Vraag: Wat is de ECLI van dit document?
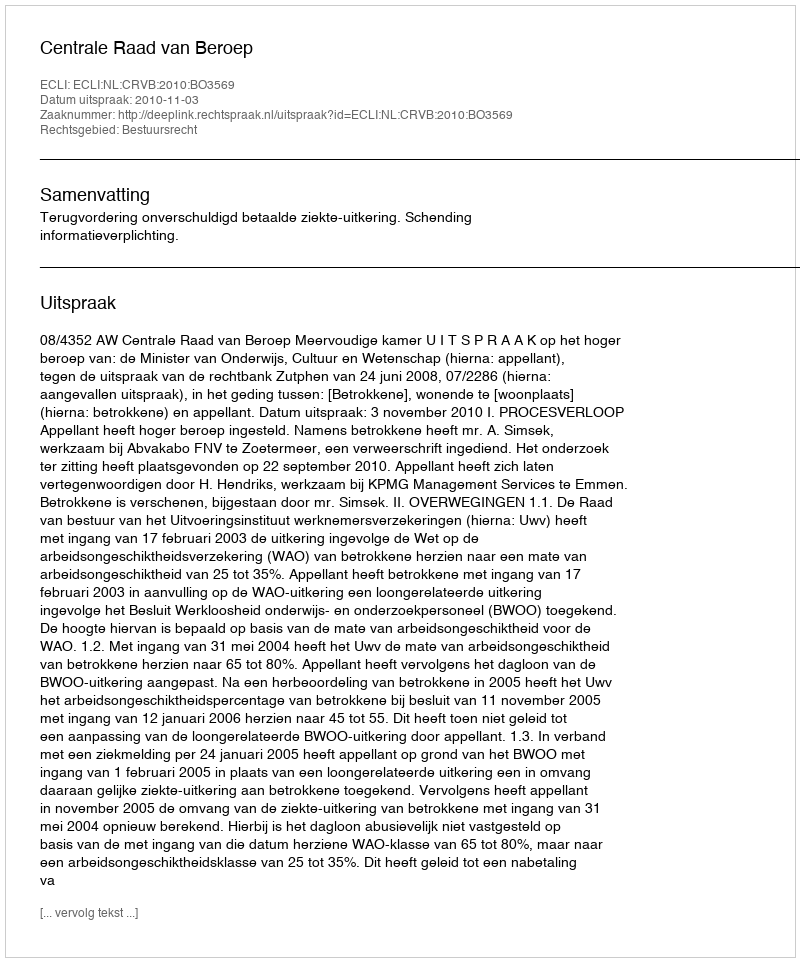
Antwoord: ECLI:NL:CRVB:2010:BO3569